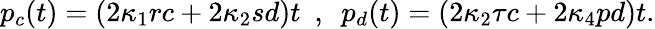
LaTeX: p_{c}(t)=(2\kappa_{1}rc+2\kappa_{2}sd)t~~,~~p_{d}(t)=(2\kappa_{2}\tau c+2\kappa_{4}pd)t.